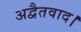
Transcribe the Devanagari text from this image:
अद्वैतवाद।